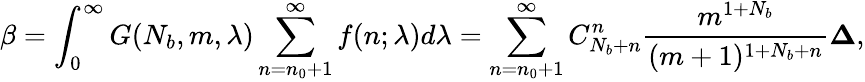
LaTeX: \displaystyle\beta=\int_{0}^{\infty}{G(N_{b},m,\lambda)\sum_{n=n_{0}+1}^{\infty}f(n;\lambda)d\lambda}=\sum_{n=n_{0}+1}^{\infty}C_{N_{b}+n}^{n}\frac{m^{1+N_{b}}}{(m+1)^{1+N_{b}+n}}\le\Delta,